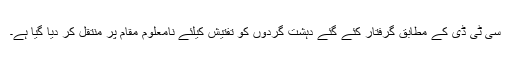
سی ٹی ڈی کے مطابق گرفتار کئے گئے دہشت گردوں کو تفتیش کیلئے نامعلوم مقام پر منتقل کر دیا گیا ہے۔